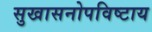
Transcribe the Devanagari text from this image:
सुखासनोपविष्टाय